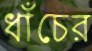
ধাঁচের